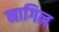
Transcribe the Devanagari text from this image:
नागिल